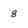
Character: 8